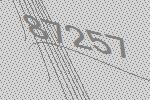
87257